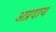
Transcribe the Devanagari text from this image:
अप्रदाय